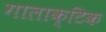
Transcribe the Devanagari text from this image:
गालाक्टिक